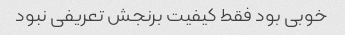
خوبی بود فقط کیفیت برنجش تعریفی نبود